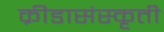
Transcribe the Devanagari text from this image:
क्रीडासंस्कृती